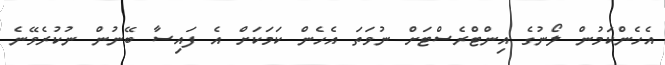
އެހެންކަމުން ލޯނުގެ އިންޓްރެސްޓަށް ނުވަތަ އެހެން ކަމަކަށް އެ ފައިސާ ބޭނުން ނުކުރެވޭނެ